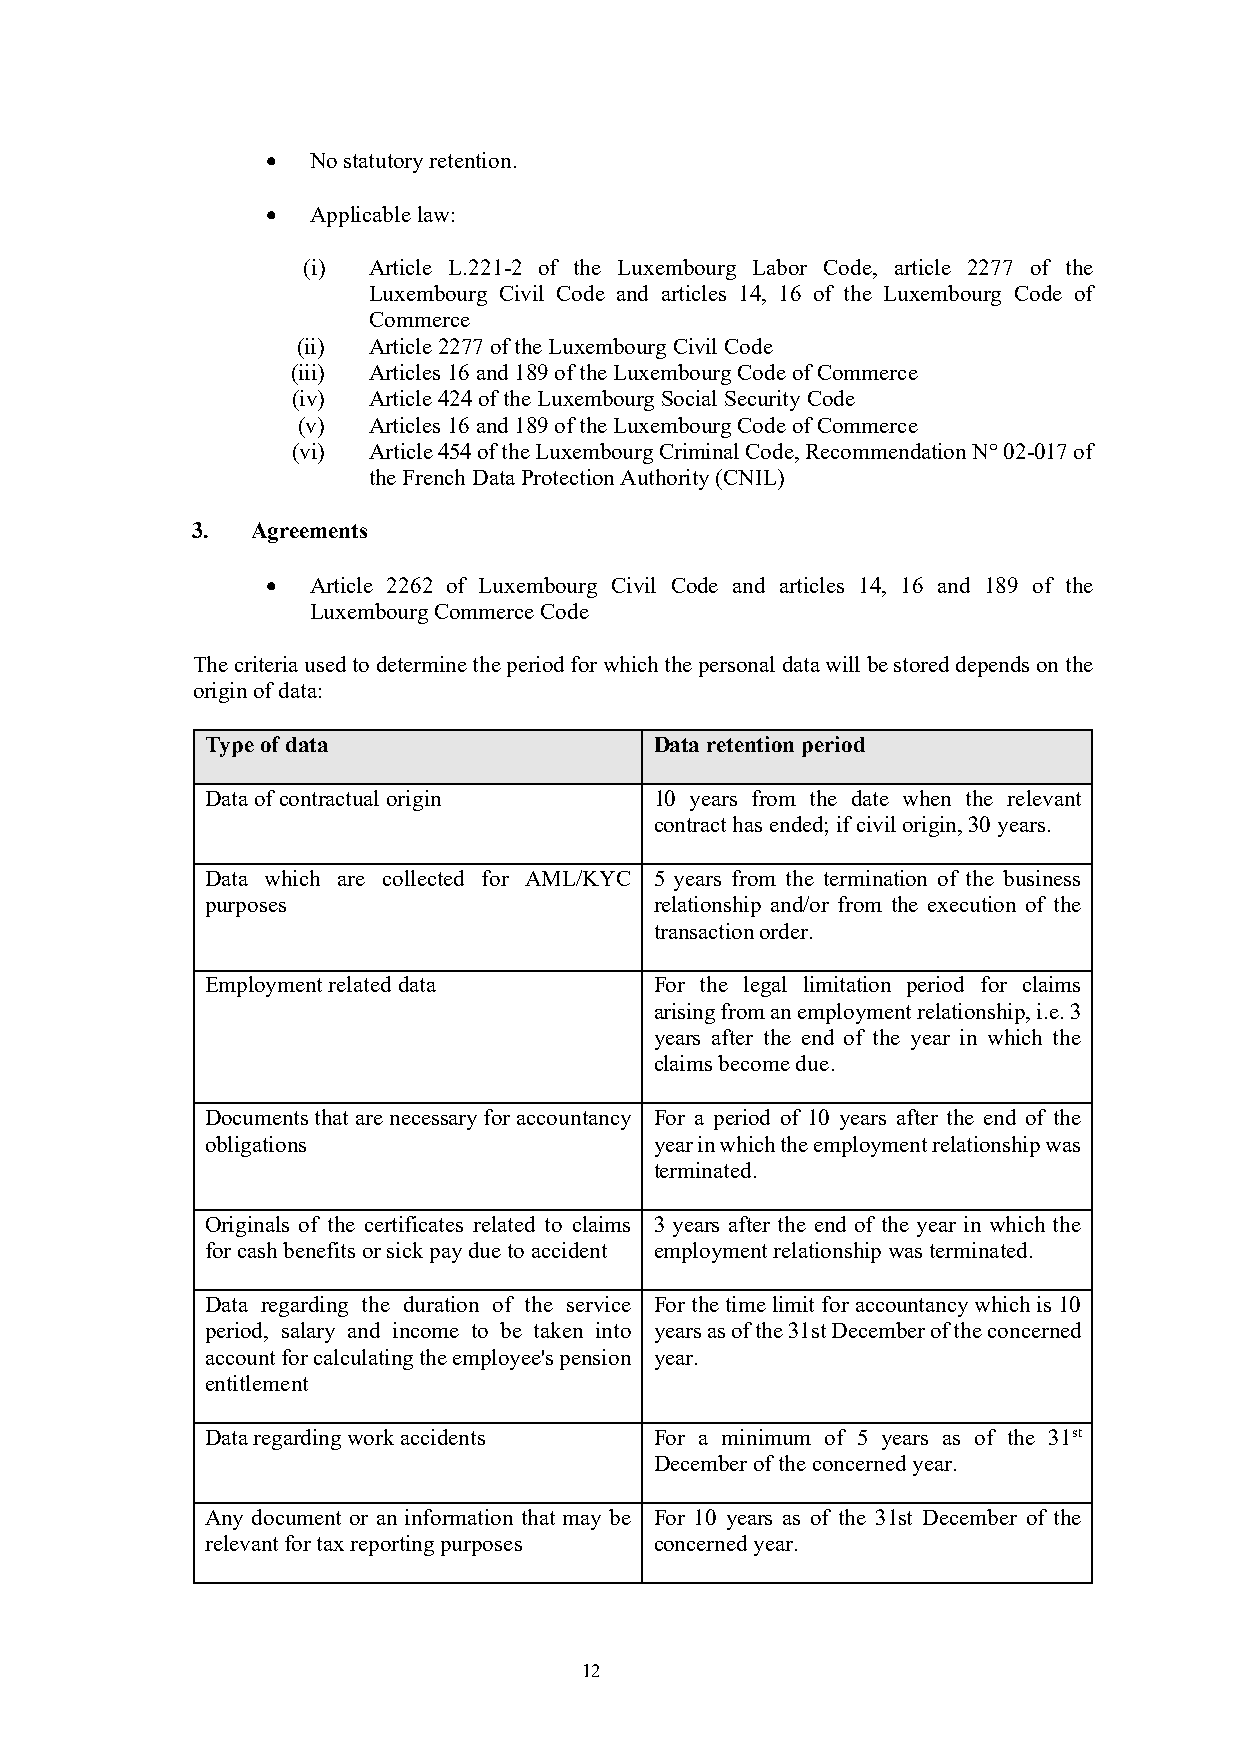
•  No statutory retention.
 •  Applicable law:
 (i) Article L.221-2 of the Luxembourg Labor Code, article 2277 of the
 Luxembourg Civil Code and articles 14, 16 of the Luxembourg Code of
 Commerce
 (ii) Article 2277 of the Luxembourg Civil Code
 (iii) Articles 16 and 189 of the Luxembourg Code of Commerce
 (iv) Article 424 of the Luxembourg Social Security Code
 (v) Articles 16 and 189 of the Luxembourg Code of Commerce
 (vi) Article 454 of the Luxembourg Criminal Code, Recommendation N° 02-017 of
 the French Data Protection Authority (CNIL)
 3.  Agreements
 •  Article 2262 of Luxembourg Civil Code and articles 14, 16 and 189 of the
 Luxembourg Commerce Code
 The criteria used to determine the period for which the personal data will be stored depends on the
 origin of data:
 Type of data                 Data retention period
 Data of contractual origin   10 years from the date when the relevant
 contract has ended; if civil origin, 30 years.
 Data which are collected for AML/KYC 5 years from the termination of the business
 purposes                     relationship and/or from the execution of the
 transaction order.
 Employment related data      For the legal limitation period for claims
 arising from an employment relationship, i.e. 3
 years after the end of the year in which the
 claims become due.
 Documents that are necessary for accountancy For a period of 10 years after the end of the
 obligations                  year in which the employment relationship was
 terminated.
 Originals of the certificates related to claims 3 years after the end of the year in which the
 for cash benefits or sick pay due to accident employment relationship was terminated.
 Data regarding the duration of the service For the time limit for accountancy which is 10
 period, salary and income to be taken into years as of the 31st December of the concerned
 account for calculating the employee's pension year.
 entitlement
 Data regarding work accidents For a minimum of 5 years as of the 31st
 December of the concerned year.
 Any document or an information that may be For 10 years as of the 31st December of the
 relevant for tax reporting purposes concerned year.
 12